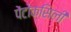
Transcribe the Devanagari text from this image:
पेंटोक्सिली